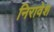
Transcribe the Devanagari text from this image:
निरावेश